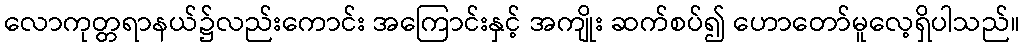
လောကုတ္တရာနယ်၌လည်းကောင်း အကြောင်းနှင့် အကျိုး ဆက်စပ်၍ ဟောတော်မူလေ့ရှိပါသည်။